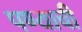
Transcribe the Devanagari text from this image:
पण्याची